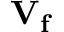
\mathbf { V _ { f } }